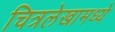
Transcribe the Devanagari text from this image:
चित्रलेखामध्ये